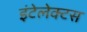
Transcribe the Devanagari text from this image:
इंटेलेक्टस